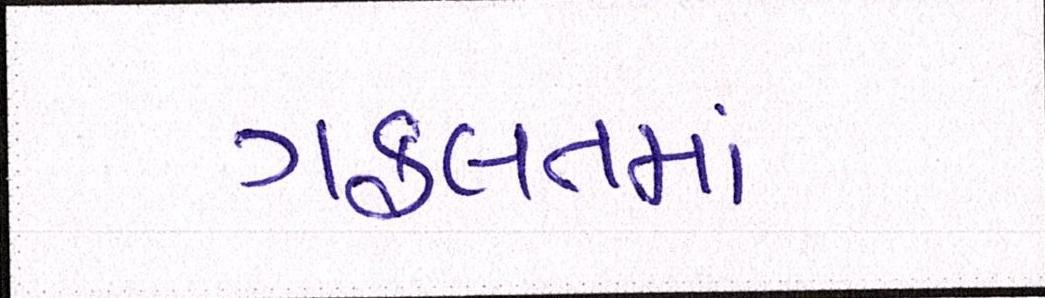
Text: ગફલતમાં